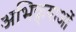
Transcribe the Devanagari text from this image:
अभिक्र्याओं